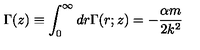
\Gamma ( z ) \equiv \int _ { 0 } ^ { \infty } d r \Gamma ( r ; z ) = - \frac { \alpha m } { 2 k ^ { 2 } }